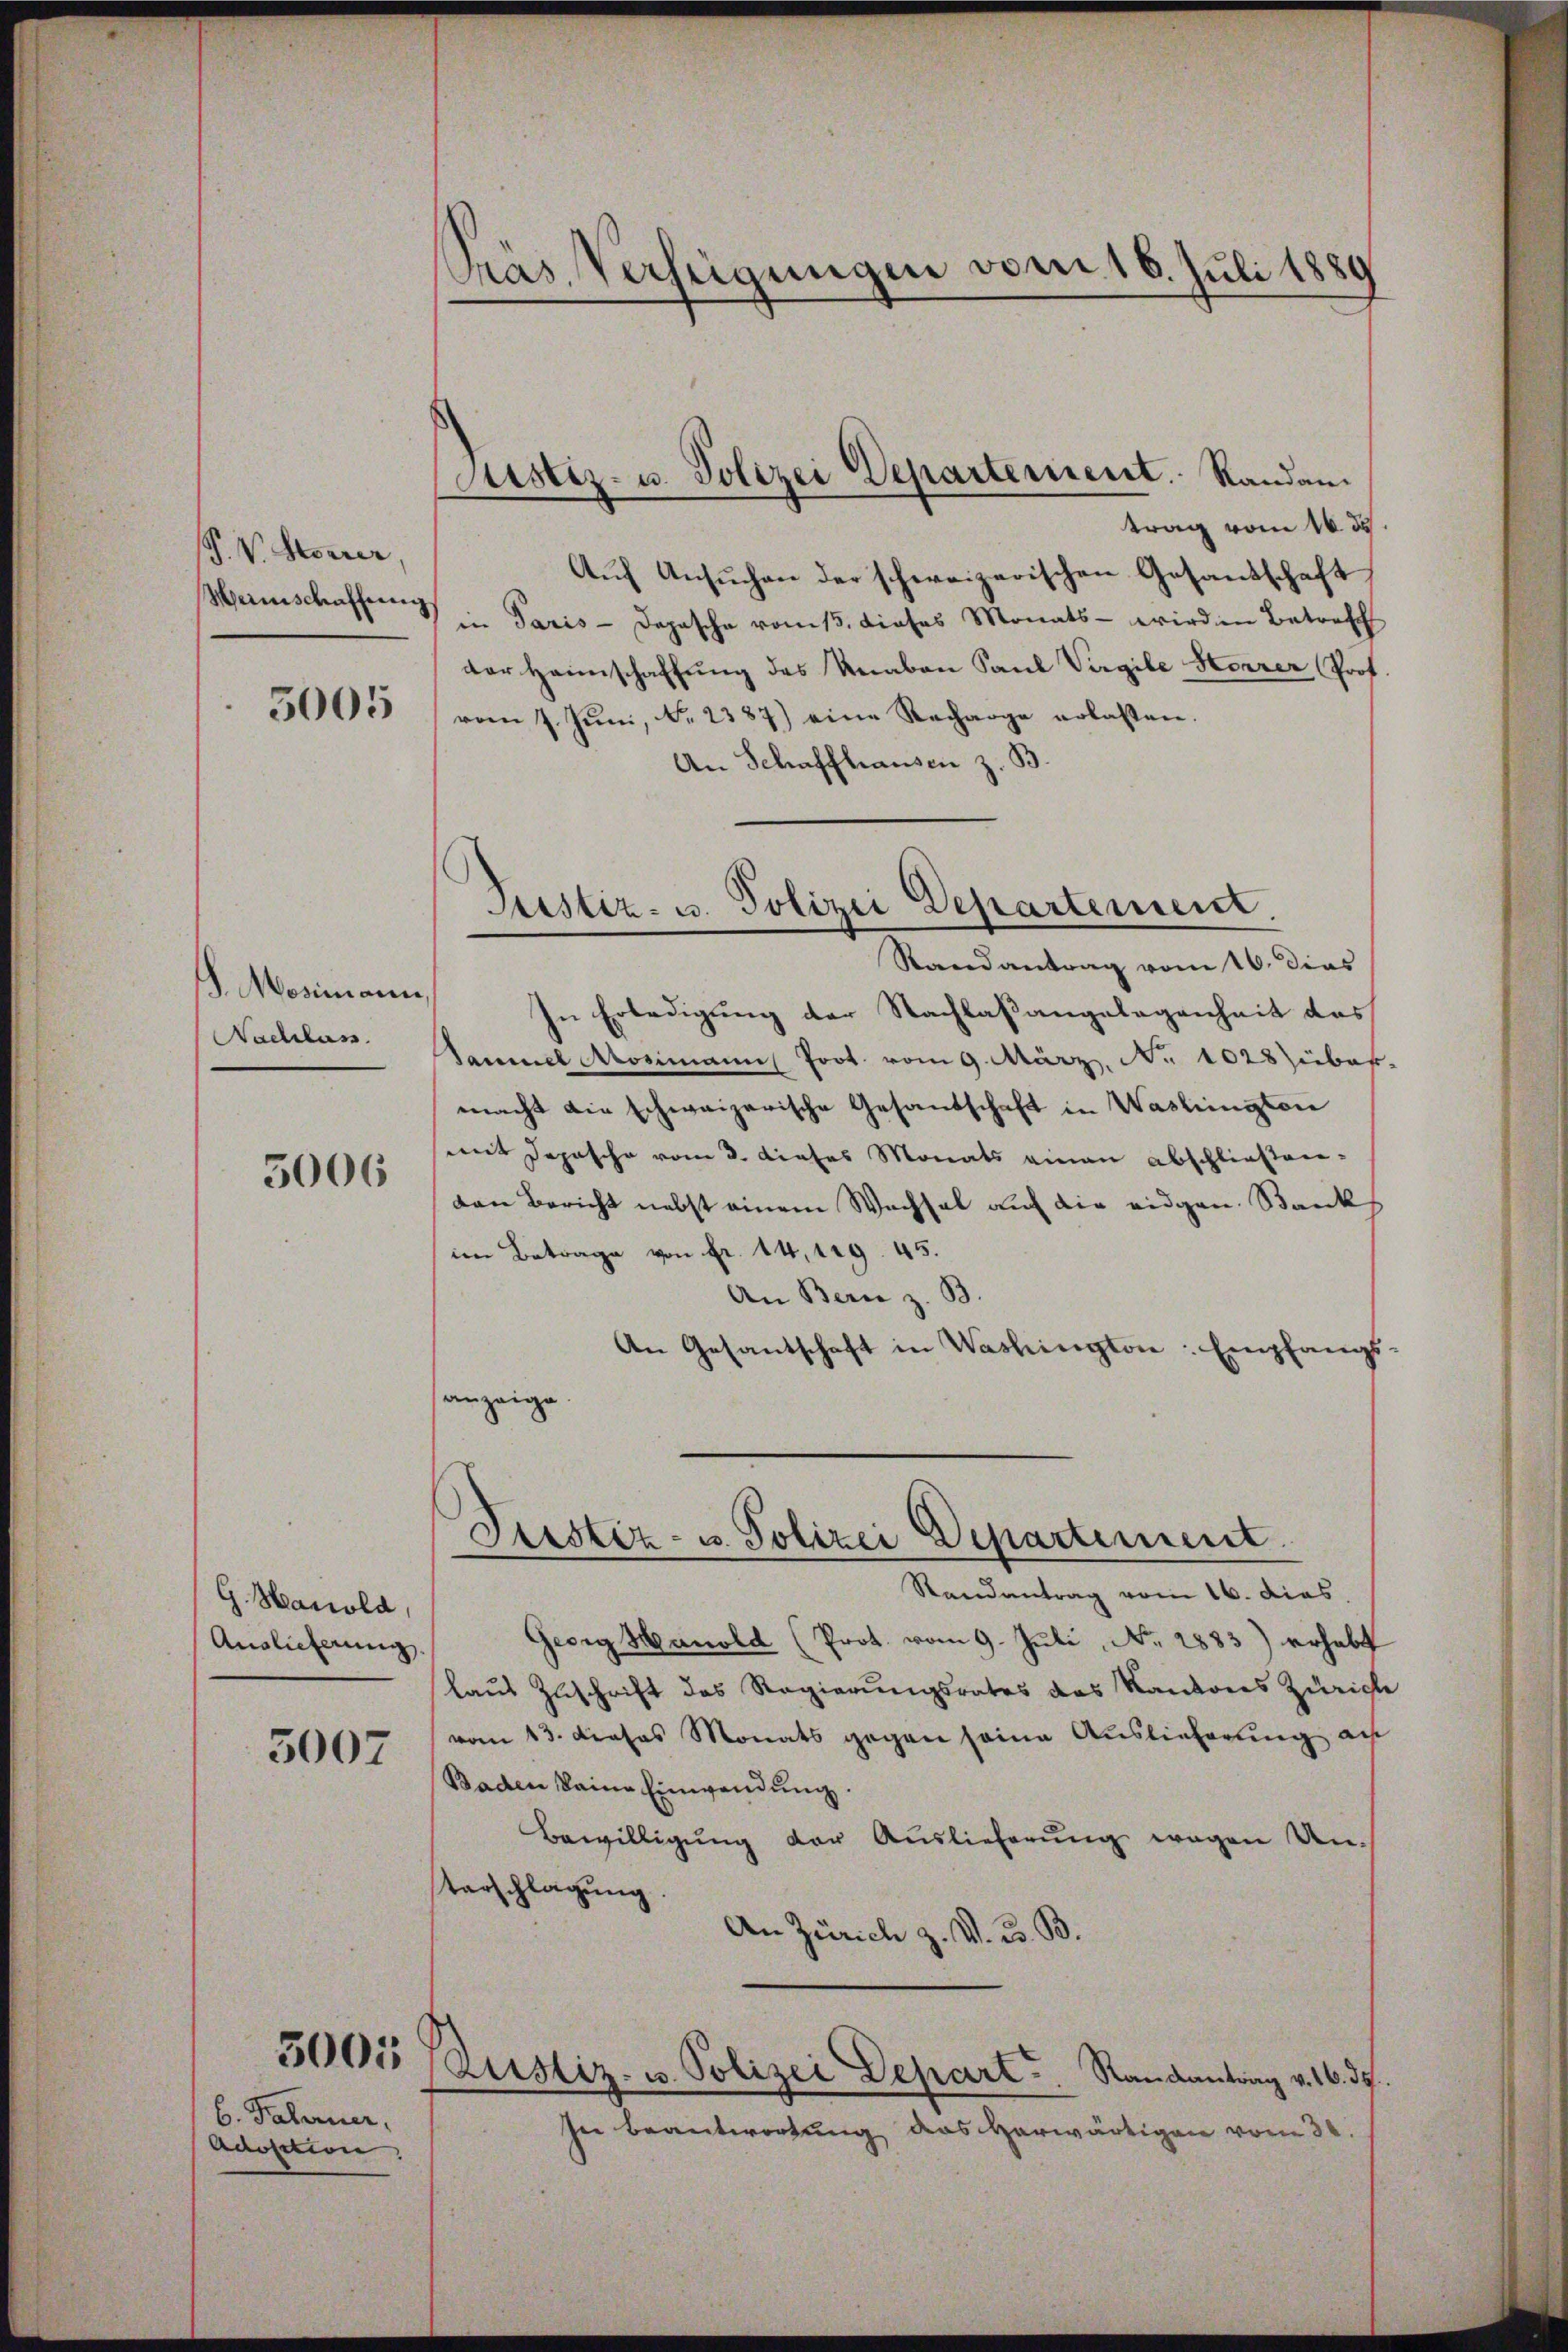
P. V. Korrer,
Weinschaffung

5005

S. Mesimann,
Nachlass

5006

G. Hanold,
Auslieferung

3007

3001

6. Palerner,
Adosition

Präs. Verfeigungen vom 16. Juli 1889

Justiz- u. Polizei Departement. Randan¬

trag vom 16. ds.
Aŭf Ansŭchen der schweizerischen Gesandschaft
in Paris - Depesche vom 15. dieses Monats - wird in Betreff
der Heimschaffung des Knaben Paul Virgile Herrer Prof.
vom 7. Juni, No. 2387) eine Recharge erlassen.
An Schaffhausen z. B.

Justiz- u. Polizei Departement.

Justiz- u. Polizei Departement.

Randantrag vom 16. dies
In Erledigung der Nachlaßangelegenheit des
ammel Mosimann Prot. vom 9. März. Nr. 1028 über-
macht die schweizerische Gesandschaft in Washington
mit Depesche vom 3. dieses Monats einen abschließenden Bericht nebst einem Wechsel auf die eidgen. Bank
im Betrage von Fr. 14, 129. 45.
An Bern z. B.
An Gesantschaft in Washington: Empfangs-
anzeige.

Randantrag vom 16. dies
Georg Hanold (Prot. vom 9. Juli, No. 2883) erhebt
laus Zuschrift des Regierungsrates das Kantons Zürich
vom 13. dieses Monats gegen seine Auslieferung au
Baden keine Einwendung.
Bewilligung der Auslieferung wegen Untarschlagung
An Zürich z. V. u. B.
Zustiz- u. Polizei Depart. Randantrag v. 16. 37.
In Beantwortung das herwärtigen vom 30.